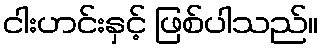
ငါးဟင်းနှင့် ဖြစ်ပါသည်။